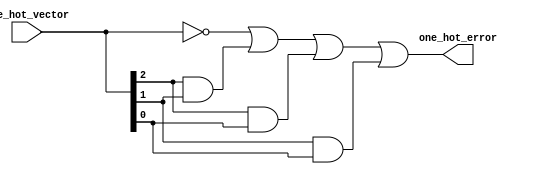
// *!***************************************************************************
// *! Copyright 2019 International Business Machines
// *!
// *! Licensed under the Apache License, Version 2.0 (the "License");
// *! you may not use this file except in compliance with the License.
// *! You may obtain a copy of the License at
// *! http://www.apache.org/licenses/LICENSE-2.0 
// *!
// *! The patent license granted to you in Section 3 of the License, as applied
// *! to the "Work," hereby includes implementations of the Work in physical form.  
// *!
// *! Unless required by applicable law or agreed to in writing, the reference design
// *! distributed under the License is distributed on an "AS IS" BASIS,
// *! WITHOUT WARRANTIES OR CONDITIONS OF ANY KIND, either express or implied.
// *! See the License for the specific language governing permissions and
// *! limitations under the License.
// *! 
// *! The background Specification upon which this is based is managed by and available from
// *! the OpenCAPI Consortium.  More information can be found at https://opencapi.org. 
// *!***************************************************************************
`timescale 1ns / 1ps

module mcp3_ohc03 (

  // -- input vector
    input           [2:0] one_hot_vector

  // -- encoded output select
  , output                one_hot_error

  );

  assign  one_hot_error =  ( one_hot_vector[2:0] == 3'b0 )            ||  // -- Error - No Bits Active
                           ( one_hot_vector[2] && one_hot_vector[1] ) ||  // -- Error - More than 1 Bit Active
                           ( one_hot_vector[2] && one_hot_vector[0] ) ||  // -- Error - More than 1 Bit Active
                           ( one_hot_vector[1] && one_hot_vector[0] );    // -- Error - More than 1 Bit Active

endmodule